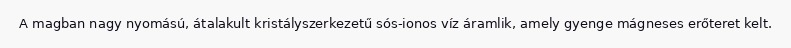
A magban nagy nyomású, átalakult kristályszerkezetű sós-ionos víz áramlik, amely gyenge mágneses erőteret kelt.